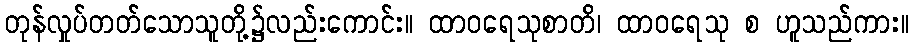
တုန်လှုပ်တတ်သောသူတို့၌လည်းကောင်း။ ထာဝရေသုစာတိ၊ ထာဝရေသု စ ဟူသည်ကား။